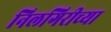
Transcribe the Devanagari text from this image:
निलगिरीच्‍या